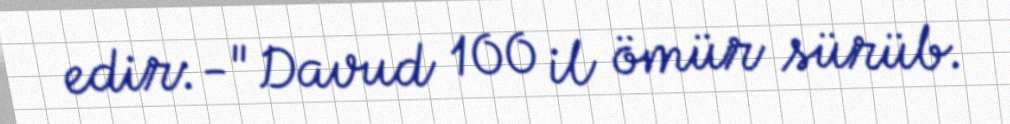
edir: -"Davud 100 il ömür sürüb.